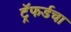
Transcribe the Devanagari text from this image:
ट्रॅफर्डचा